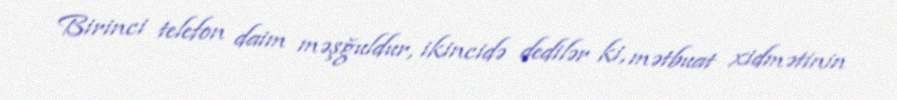
Birinci telefon daim məşğuldur, ikincidə dedilər ki, mətbuat xidmətinin